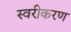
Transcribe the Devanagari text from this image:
स्वरीकरण